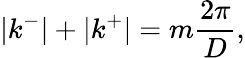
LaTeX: |k^{-}|+|k^{+}|=m\frac{2\pi}{D},